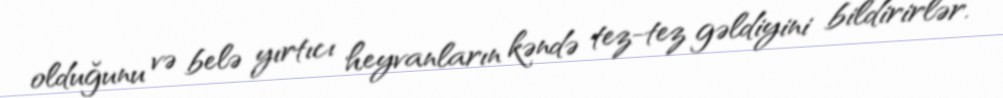
olduğunu və belə yırtıcı heyvanların kəndə tez-tez gəldiyini bildirirlər.